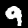
Label: 9